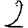
Digit: 2